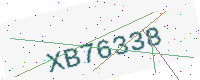
Text: XB76338